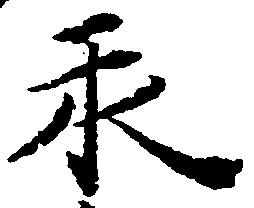
永